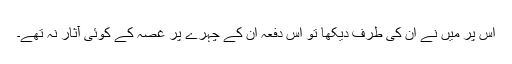
اس پر میں نے ان کی طرف دیکھا تو اس دفعہ ان کے چہرے پر غصہ کے کوئی آثار نہ تھے۔